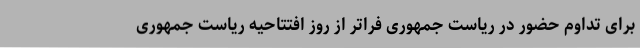
برای تداوم حضور در ریاست جمهوری فراتر از روز افتتاحیه ریاست جمهوری